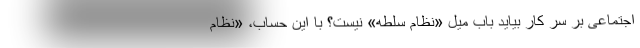
اجتماعی بر سر کار بیاید باب میل «نظام سلطه» نیست؟ با این حساب، «نظام